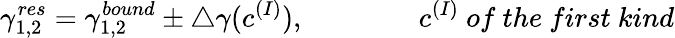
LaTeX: \gamma_{1,2}^{res}=\gamma_{1,2}^{bound}\pm\triangle\gamma(c^{(I)}),\qquad\qquad c^{(I)}{~of~the~first~kind}